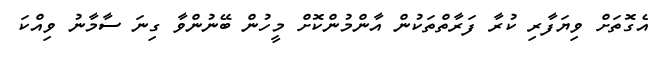
އެގޮތަށް ވިޔަފާރި ކުރާ ފަރާތްތަކުން އާންމުންކޮށް މީހުން ބޭނުންވާ ގިނަ ސާމާނު ވިއްކަ